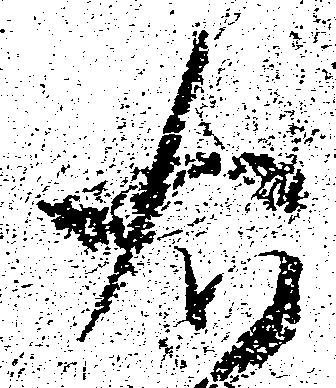
右